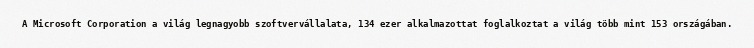
A Microsoft Corporation a világ legnagyobb szoftvervállalata, 134 ezer alkalmazottat foglalkoztat a világ több mint 153 országában.